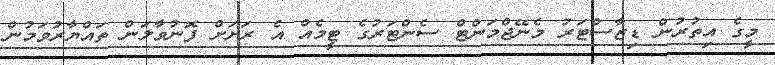
މީގެ އިތުރުން ޑިޒާސްޓަރު މެނޭޖްމަންޓް ސެންޓަރުގެ ޓީމެއް އެ ރަށަށް ފޮނުވާލަން ތައްޔާރުވަމުން